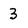
Character: 3